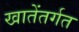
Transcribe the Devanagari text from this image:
खातेंतर्गत